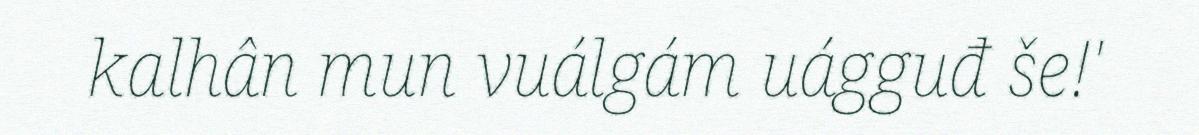
kalhân mun vuálgám uágguđ še!'